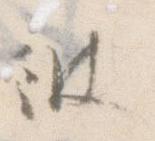
彼